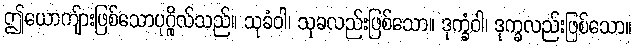
ဤယောကျ်ားဖြစ်သောပုဂ္ဂိုလ်သည်။ သုခံဝါ၊ သုခလည်းဖြစ်သော။ ဒုက္ခံဝါ၊ ဒုက္ခလည်းဖြစ်သော။